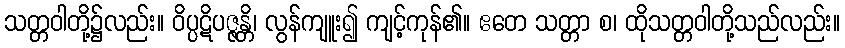
သတ္တဝါတို့၌လည်း။ ဝိပ္ပဋိပဇ္ဇန္တိ၊ လွန်ကျူး၍ ကျင့်ကုန်၏။ ဧတေ သတ္တာ စ၊ ထိုသတ္တဝါတို့သည်လည်း။